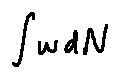
\int w d N